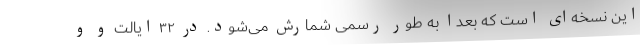
این نسخه‌ای است که بعدا به طور رسمی شمارش می‌شود. در ۳۲ ایالت و و